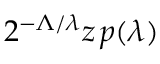
2 ^ { - \Lambda / \lambda } z \, p ( \lambda )